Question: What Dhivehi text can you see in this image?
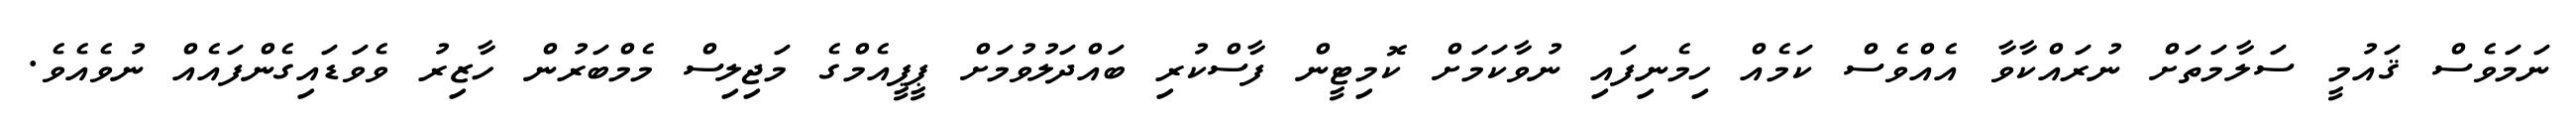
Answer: ނަމަވެސް ޤައުމީ ސަލާމަތަށް ނުރައްކާވާ އެއްވެސް ކަމެއް ހިމެނިފައި ނުވާކަމަށް ކޮމިޓީން ފާސްކުރި ބައްދަލުވުމަށް ޕީޕީއެމްގެ މަޖިލިސް މެމްބަރުން ހާޒިރު ވެވަޑައިގެންފައެއް ނުވެއެވެ.